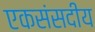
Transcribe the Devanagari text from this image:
एकसंसदीय